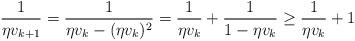
LaTeX: \begin{align*}\frac{1}{\eta v_{k+1}} = \frac{1}{\eta v_k-(\eta v_k)^2} = \frac{1}{\eta v_k} + \frac{1}{1-\eta v_k} \ge \frac{1}{\eta v_k}+1\end{align*}